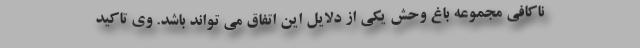
ناکافی مجموعه باغ وحش یکی از دلایل این اتفاق می تواند باشد. وی تاکید